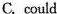
C.could